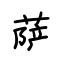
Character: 萨